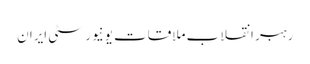
رہبر انقلاب ملاقات یونیورسٹی ایران